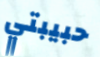
حبيبتي